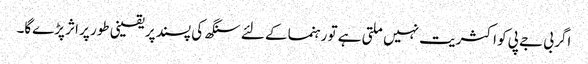
اگر بی جے پی کو اکثریت نہیں ملتی ہے تو رہنما کے لئے سنگھ کی پسند پر یقینی طور پر اثر پڑے‌گا۔